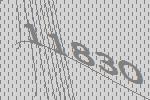
11830